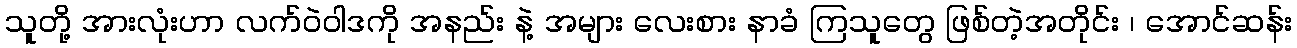
သူတို့ အားလုံးဟာ လက်ဝဲဝါဒကို အနည်း နဲ့ အများ လေးစား နာခံ ကြသူတွေ ဖြစ်တဲ့အတိုင်း ၊ အောင်ဆန်း